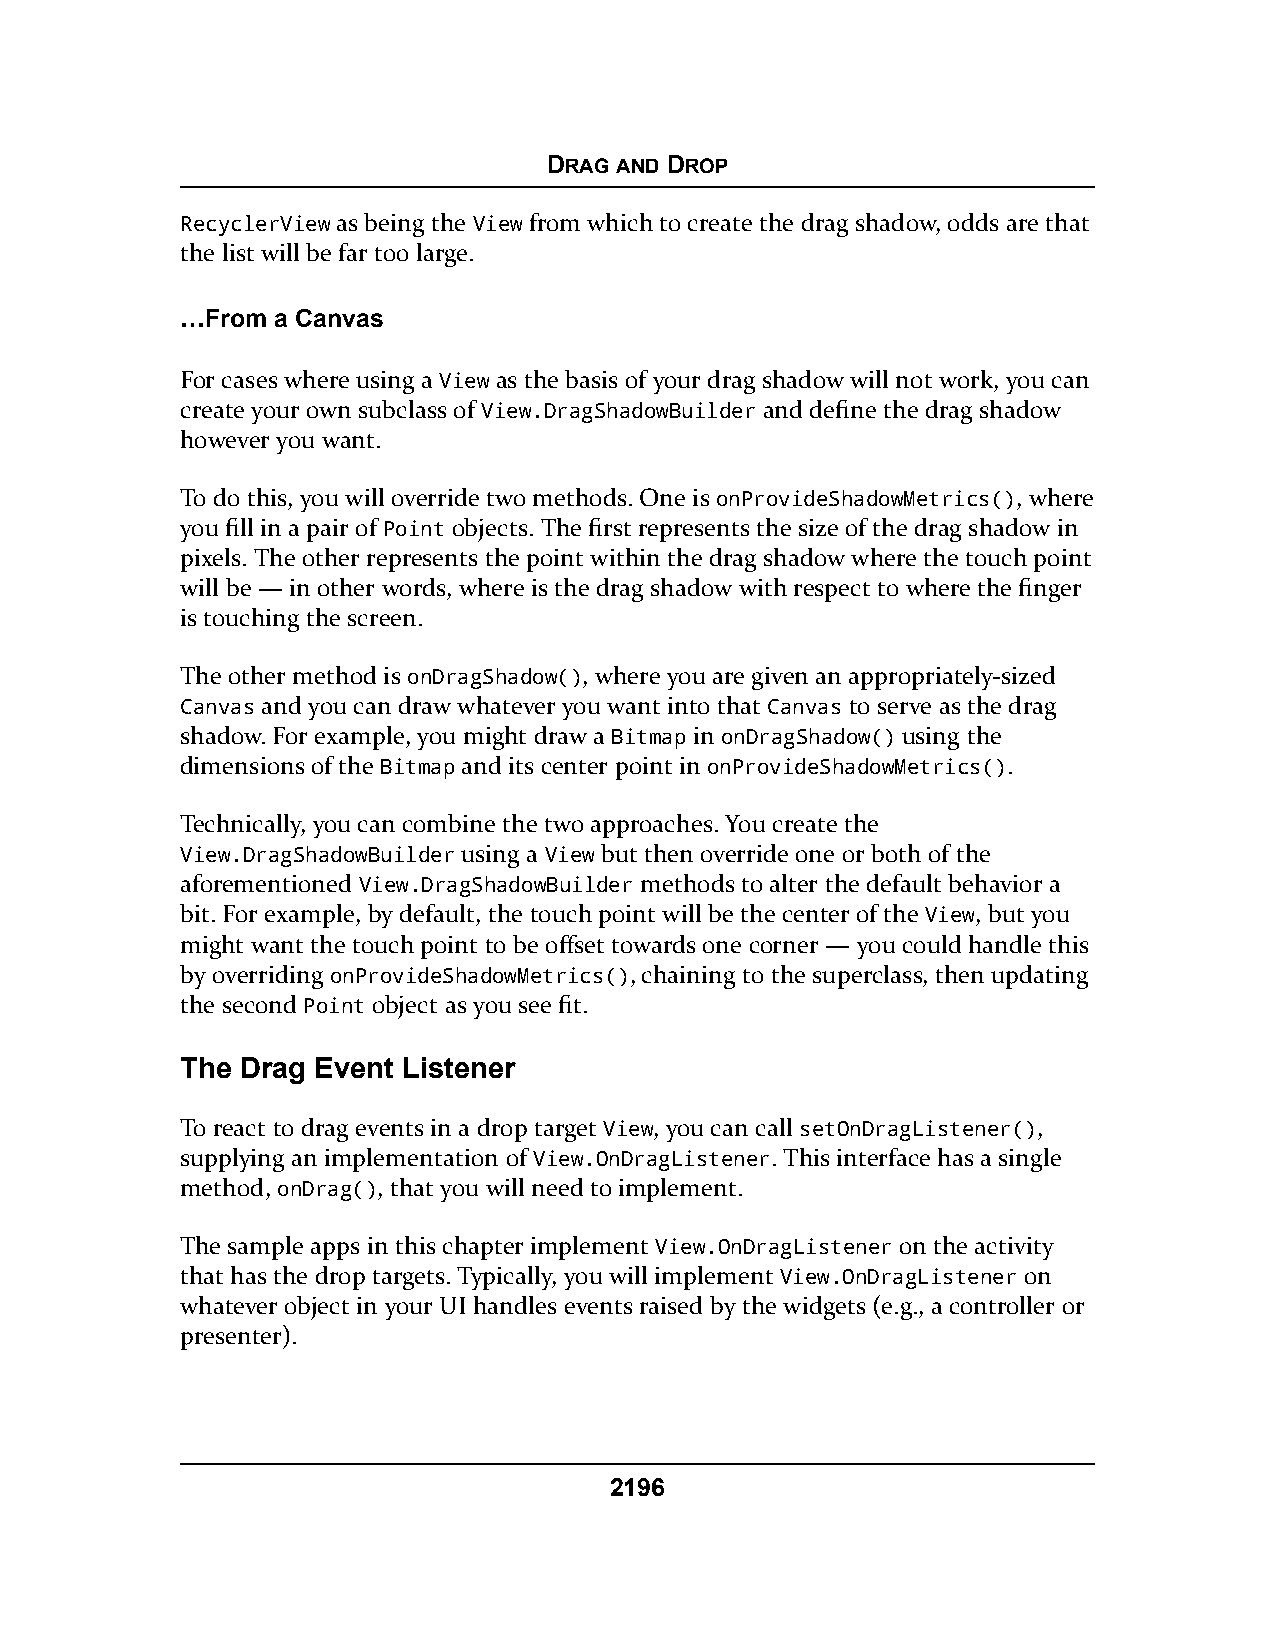
DRAG AND DROP
 RecyclerView as being the View from which to create the drag shadow, odds are that
 the list will be far too large.
 …From a Canvas
 For cases where using a View as the basis of your drag shadow will not work, you can
 create your own subclass of View.DragShadowBuilder and define the drag shadow
 however you want.
 To do this, you will override two methods. One is onProvideShadowMetrics(), where
 you fill in a pair of Point objects. The first represents the size of the drag shadow in
 pixels. The other represents the point within the drag shadow where the touch point
 will be — in other words, where is the drag shadow with respect to where the finger
 is touching the screen.
 The other method is onDragShadow(), where you are given an appropriately-sized
 Canvas and you can draw whatever you want into that Canvas to serve as the drag
 shadow. For example, you might draw a Bitmap in onDragShadow() using the
 dimensions of the Bitmap and its center point in onProvideShadowMetrics().
 Technically, you can combine the two approaches. You create the
 View.DragShadowBuilder using a View but then override one or both of the
 aforementioned View.DragShadowBuilder methods to alter the default behavior a
 bit. For example, by default, the touch point will be the center of the View, but you
 might want the touch point to be offset towards one corner — you could handle this
 by overriding onProvideShadowMetrics(), chaining to the superclass, then updating
 the second Point object as you see fit.
 The Drag Event Listener
 To react to drag events in a drop target View, you can call setOnDragListener(),
 supplying an implementation of View.OnDragListener. This interface has a single
 method, onDrag(), that you will need to implement.
 The sample apps in this chapter implement View.OnDragListener on the activity
 that has the drop targets. Typically, you will implement View.OnDragListener on
 whatever object in your UI handles events raised by the widgets (e.g., a controller or
 presenter).
 2196